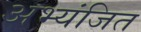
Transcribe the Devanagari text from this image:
अभ्यंजित